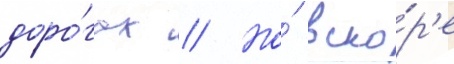
доро́гах // Но́ вско́р'е